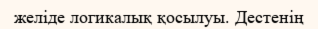
желіде логикалық қосылуы. Дестенің